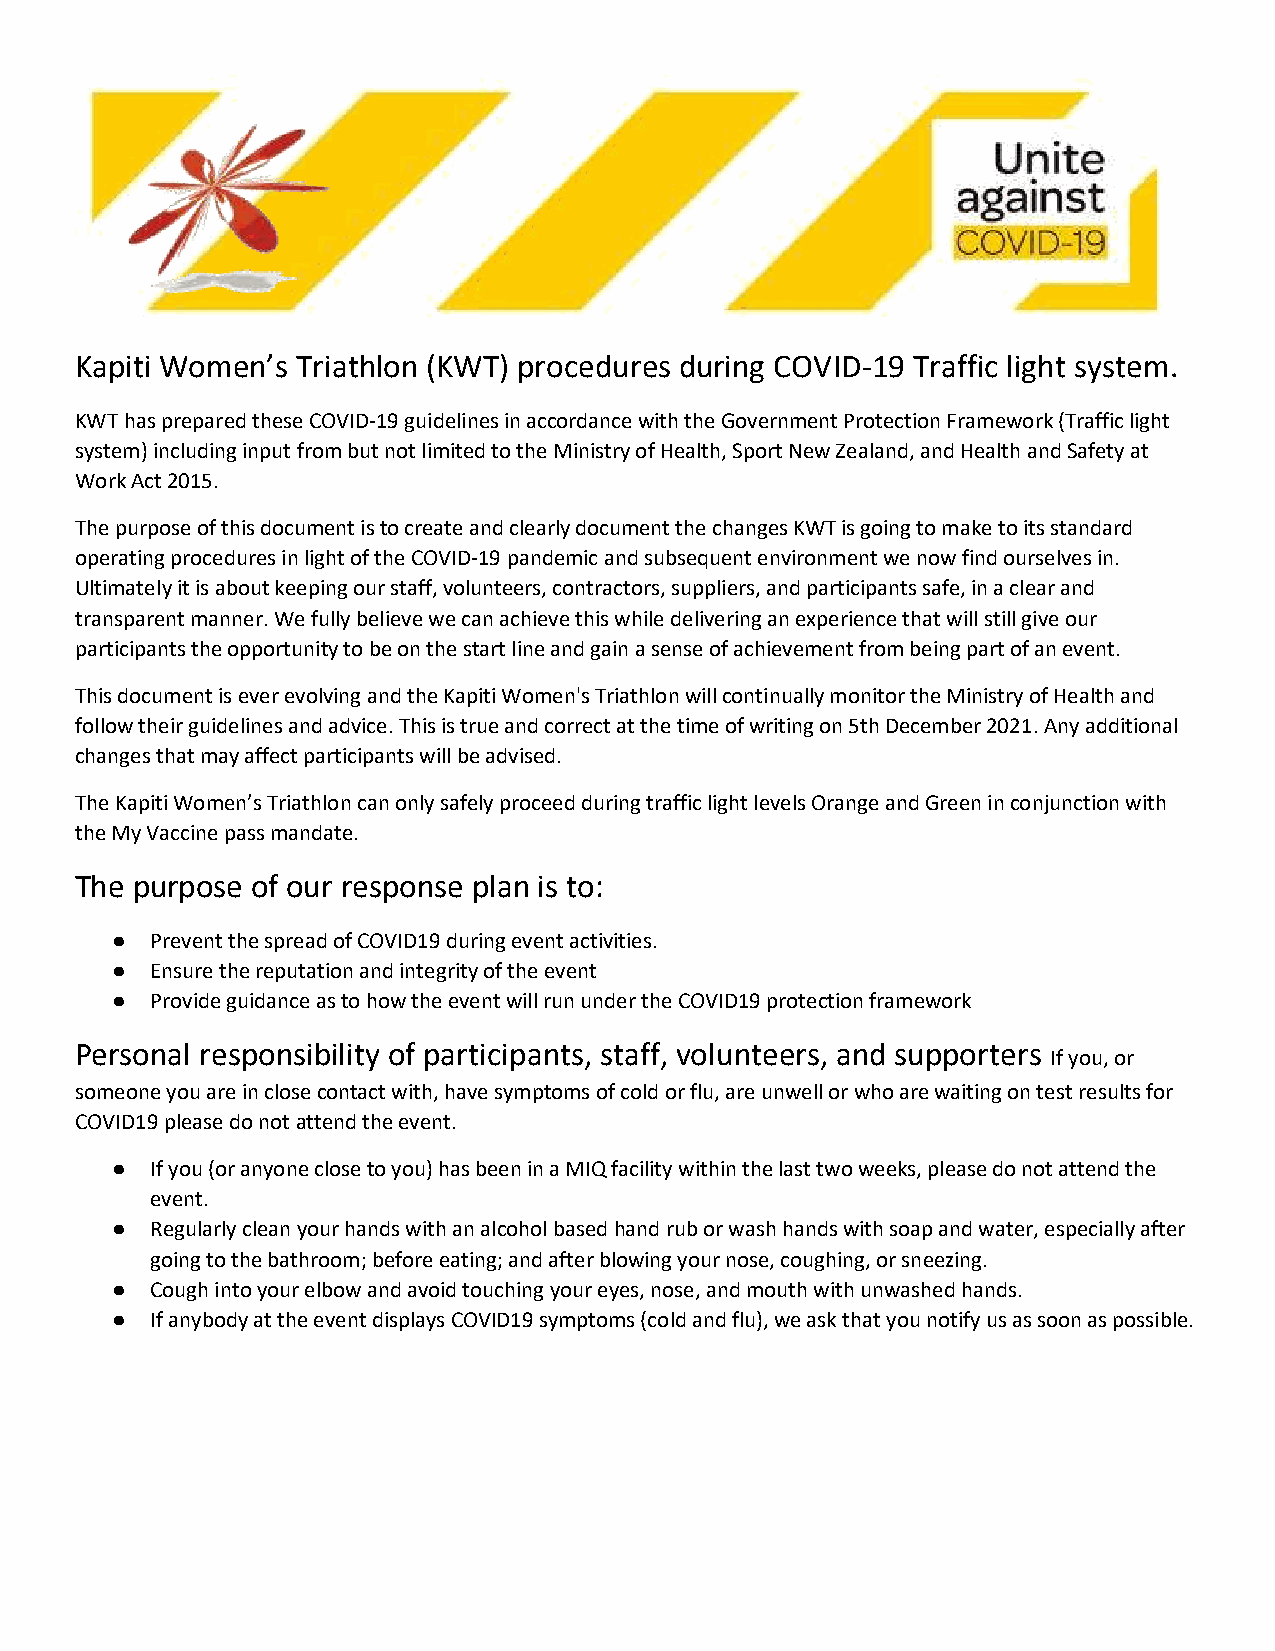
Kapiti Women’s Triathlon (KWT) procedures during COVID-19 Traffic light system.
 KWT has prepared these COVID-19 guidelines in accordance with the Government Protection Framework (Traffic light
 system) including input from but not limited to the Ministry of Health, Sport New Zealand, and Health and Safety at
 Work Act 2015.
 The purpose of this document is to create and clearly document the changes KWT is going to make to its standard
 operating procedures in light of the COVID-19 pandemic and subsequent environment we now find ourselves in.
 Ultimately it is about keeping our staff, volunteers, contractors, suppliers, and participants safe, in a clear and
 transparent manner. We fully believe we can achieve this while delivering an experience that will still give our
 participants the opportunity to be on the start line and gain a sense of achievement from being part of an event.
 This document is ever evolving and the Kapiti Women's Triathlon will continually monitor the Ministry of Health and
 follow their guidelines and advice. This is true and correct at the time of writing on 5th December 2021. Any additional
 changes that may affect participants will be advised.
 The Kapiti Women’s Triathlon can only safely proceed during traffic light levels Orange and Green in conjunction with
 the My Vaccine pass mandate.
 The purpose of our response plan is to:
 ●  Prevent the spread of COVID19 during event activities.
 ●  Ensure the reputation and integrity of the event
 ●  Provide guidance as to how the event will run under the COVID19 protection framework
 Personal responsibility of participants, staff, volunteers, and supporters
 If you, or
 someone you are in close contact with, have symptoms of cold or flu, are unwell or who are waiting on test results for
 COVID19 please do not attend the event.
 ●  If you (or anyone close to you) has been in a MIQ facility within the last two weeks, please do not attend the
 event.
 ●  Regularly clean your hands with an alcohol based hand rub or wash hands with soap and water, especially after
 going to the bathroom; before eating; and after blowing your nose, coughing, or sneezing.
 ●  Cough into your elbow and avoid touching your eyes, nose, and mouth with unwashed hands.
 ●  If anybody at the event displays COVID19 symptoms (cold and flu), we ask that you notify us as soon as possible.